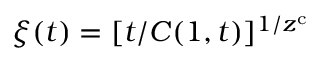
\xi ( t ) = [ t / C ( 1 , t ) ] ^ { 1 / z ^ { \mathrm { c } } }